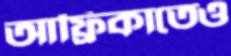
আফ্রিকাতেও